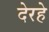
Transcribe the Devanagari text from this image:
देरहे